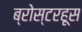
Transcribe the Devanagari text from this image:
ब्रोस्टरहूस